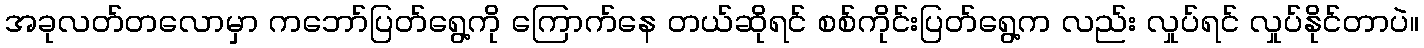
အခုလတ်တလောမှာ ကဘော်ပြတ်ရွေ့ကို ကြောက်နေ တယ်ဆိုရင် စစ်ကိုင်းပြတ်ရွေ့က လည်း လှုပ်ရင် လှုပ်နိုင်တာပဲ။